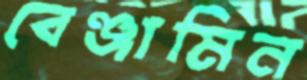
বেঞ্জামিন